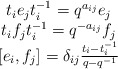
\begin{align*}\begin{array}{c}t_ie_jt_i^{-1}=q^{a_{ij}}e_j\\t_if_jt_i^{-1}=q^{-a_{ij}}f_j\\{}[e_i,f_j]=\delta_{ij}\frac{t_i-t_i^{-1}}{q-q^{-1}}\end{array}\end{align*}